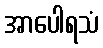
အာပေါရသံ